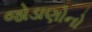
જોડાણોનો